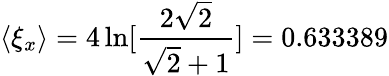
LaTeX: \langle\xi_{x}\rangle=4\ln[\frac{2\sqrt{2}}{\sqrt{2}+1}]=0.633389